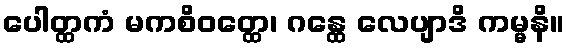
ပေါတ္ထကံ မကစိဝတ္ထေ၊ ဂန္ထေ လေပျာဒိ ကမ္မနိ။